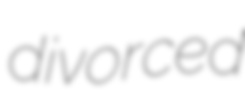
divorced